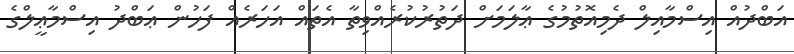
އަބްދުއް އިސްމާއިލް ދެމިއޮތުމުގެ ޢާލަމަށް ދަތުރުކުރެއްވިތާ އެތައް އަހަރެއް ފަހުން ޢަބްދު އިސްމާޢީލްގެ